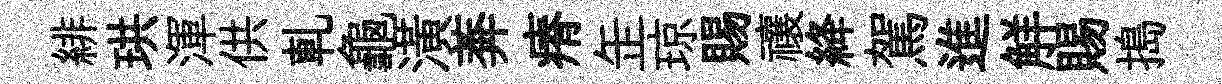
緋珙渾供軋龜潢莾瘠𦈢琼賜禳絳駕進觧賜搗